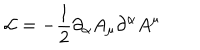
LaTeX: { \cal L } = - \frac { 1 } { 2 } \partial _ { \alpha } A _ { \mu } \partial ^ { \alpha } A ^ { \mu }